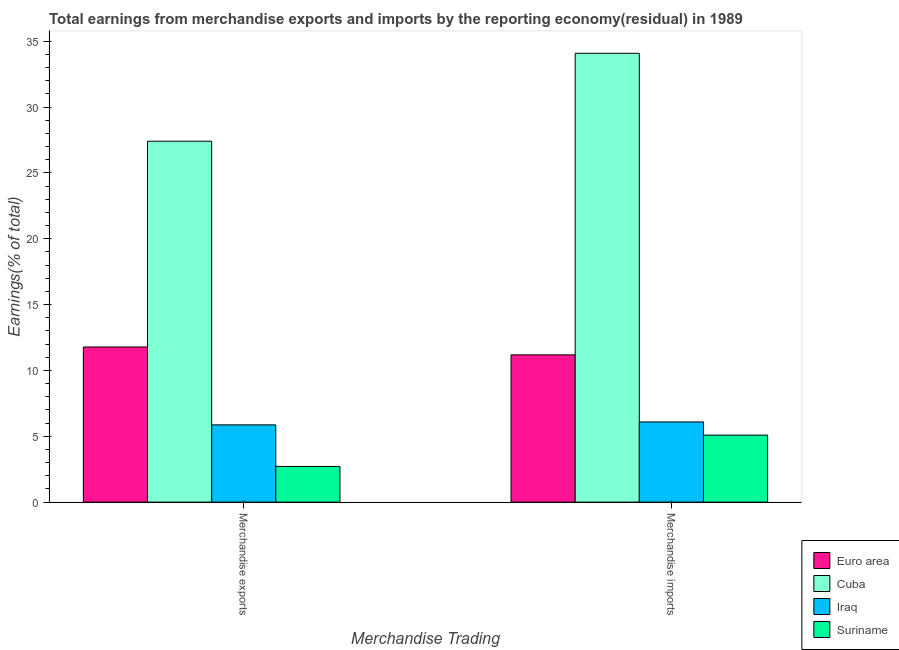
| Merchandise Trading | Euro area | Cuba | Iraq | Suriname |
 | --- | --- | --- | --- | --- |
 | Merchandise exports | 11.8 | 27.4 | 5.87 | 2.71 |
 | Merchandise imports | 11.2 | 34.1 | 6.09 | 5.09 |